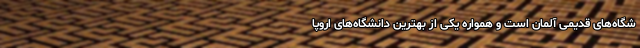
شگاه‌های قدیمی آلمان است و همواره یکی از بهترین دانشگاه‌های اروپا